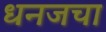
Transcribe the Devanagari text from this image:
धनजचा